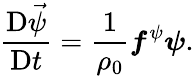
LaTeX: \frac{\mathrm{D}\vec{\psi}}{\mathrm{D}t}=\frac{1}{\rho_{0}}\boldsymbol{f}^{\psi}\boldsymbol{\psi}.